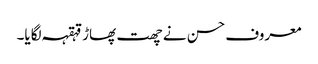
معروف حسن نے چھت پھاڑ قہقہہ لگایا۔